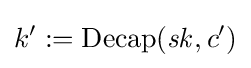
k':=\operatorname {Decap} ({\mathit {sk}},c')